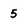
Character: 5